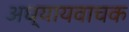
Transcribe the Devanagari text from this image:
अध्यायवाचक